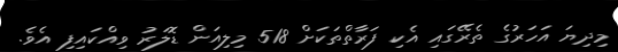
މިދިޔަ އަހަރުގެ ތެރޭގައި އެކި ފަރާތްތަކަށް 518 މިލިއަން ޑޮލަރު ވިއްކައިފި އެވެ.